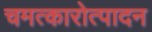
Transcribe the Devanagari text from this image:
चमत्कारोत्पादन